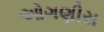
ઓગણીસ